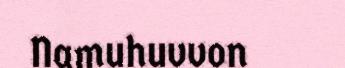
Namuhuvvon